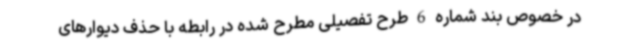
در خصوص بند شماره 6 طرح تفصیلی مطرح شده در رابطه با حذف دیوارهای